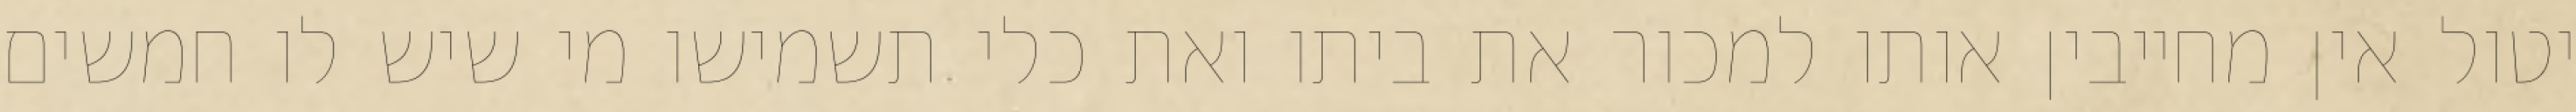
יטול אין מחייבין אותו למכור את ביתו ואת כלי תשמישו מי שיש לו חמשים